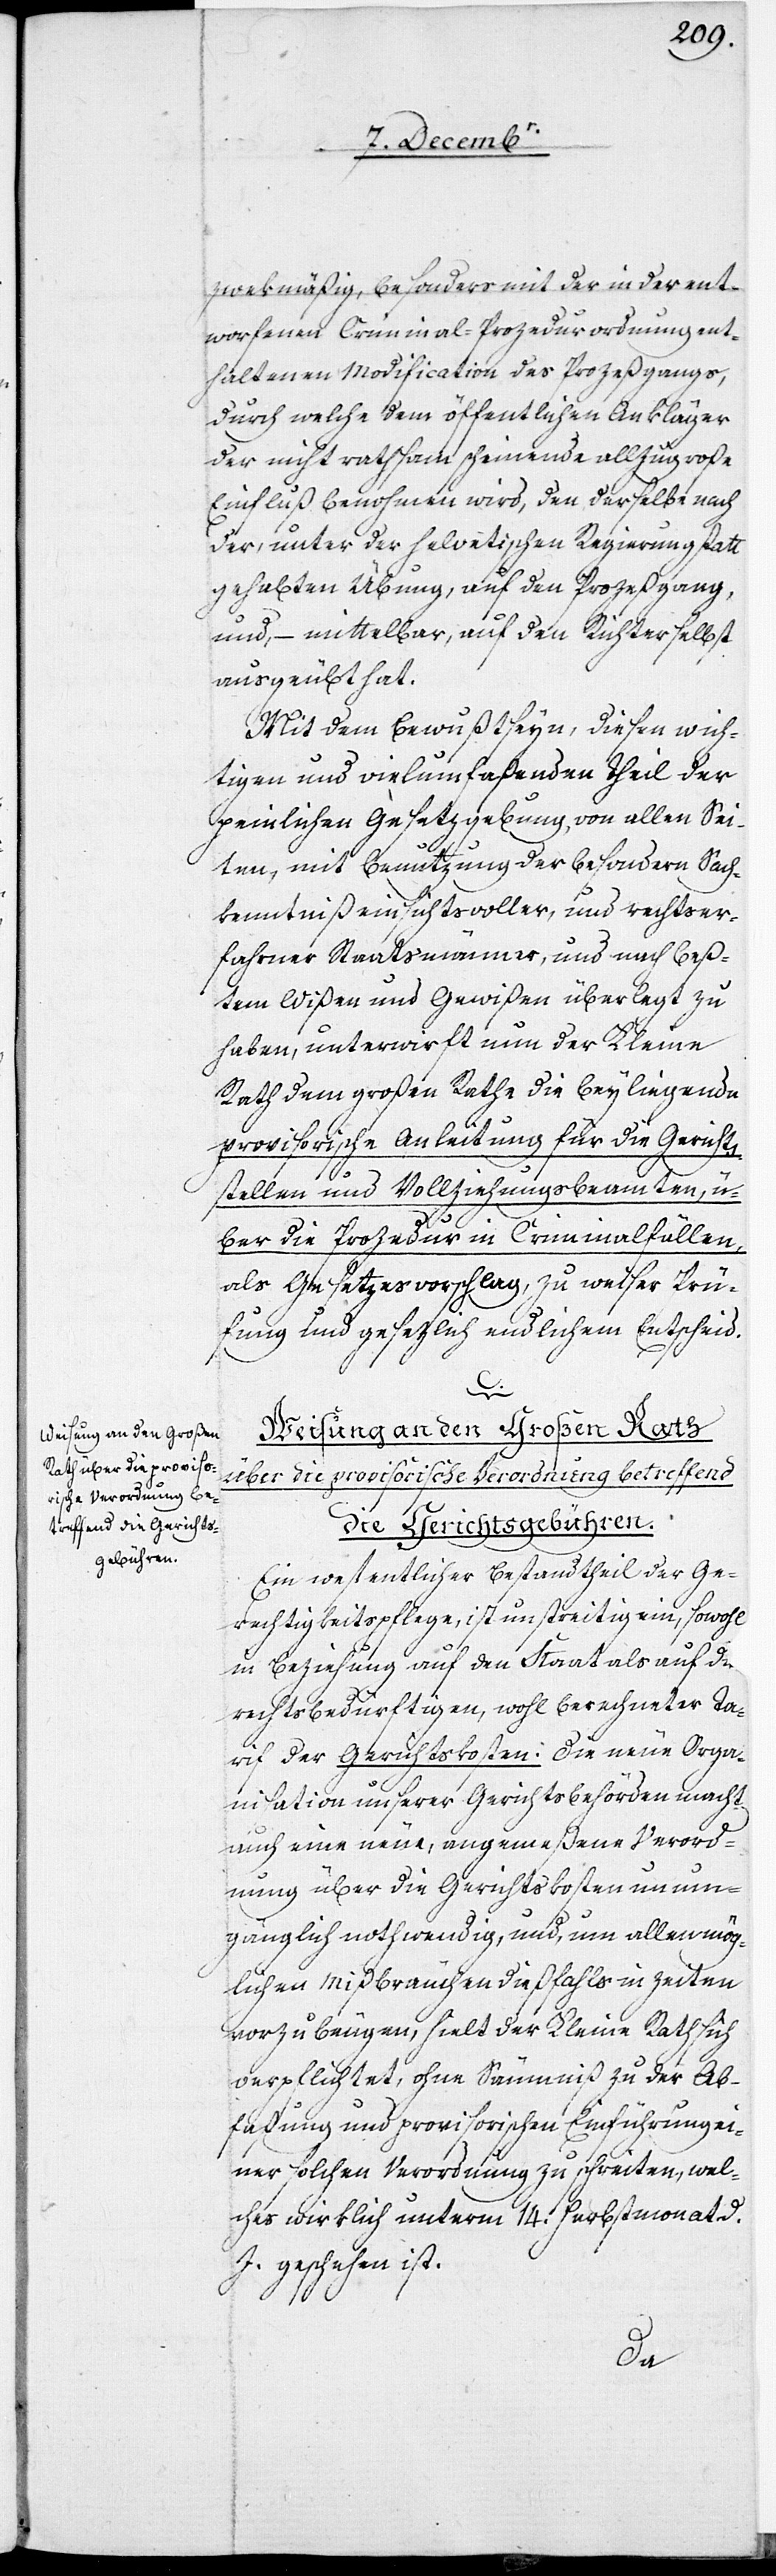
zwekmäßig, besonders mit der in der ent¬
worfenen Criminal-Prozedurordnung ent¬
haltenen Modification des Prozeßgangs,
durch welche dem öffentlichen Ankläger
der nicht rathsam scheinende, allzugroße
Einfluß benohmen wird, den derselbe nach
der, unter der helvetischen Regierung statt
gehabten Übung, auf den Prozeßgang,
und, – mittelbar, auf den Richter selbst
ausgeübt hat.
Mit dem Bewußtseyn, diesen wich¬
tigen und vielumfaßenden Theil der
peinlichen Gesetzgebung, von allen Sei¬
ten, mit Benutzung der besondern Sach¬
kenntniß einsichtsvoller, und rechtser¬
fahrner Staatsmänner, und nach beß¬
tem Wißen und Gewißen überlegt zu
haben, unterwirft nun der Kleine
Rath dem Großen Rathe die beyliegende
provisorische Anleitung für die Gericht¬
sstellen und Vollziehungsbeamten, ü¬
ber die Prozedur in Criminalfällen,
als Gesetzesvorschlag, zu weiser Prü¬
fung und gesezlich endlichem Entscheid.
C.
Weisung an den Großen Rath
über die provisorische Verordnung betreffend
die Gerichtsgebühren.
Ein wesentlicher Bestandtheil der Ge¬
rechtigkeitspflege, ist unstreitig ein, sowohl
in Beziehung auf den Staat als auf die
Rechtsbedürftigen, wohl berechneter Ta¬
rif der Gerichtskosten: Die neue Orga¬
nisation unserer Gerichtsbehörden macht
auch eine neue, angemeßene Verord¬
nung über die Gerichtskosten unum¬
gänglich nothwendig, und um allen mög¬
lichen Mißbräuchen dießfalls in Zeiten
vorzubeugen, hielt der Kleine Rath sich
verpflichtet, ohne Säumniß zu der Ab¬
faßung und provisorischen Einführung ei¬
ner solchen Verordnung zu schreiten, wel¬
ches wirklich unterm 14. Herbstmonat d.
J. geschehen ist.